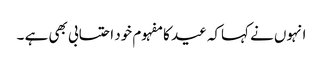
انہوں نے کہاکہ عید کا مفہوم خود احتسابی بھی ہے ۔